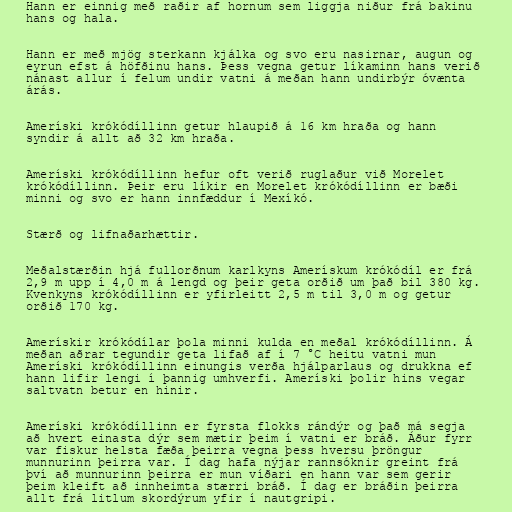
Hann er einnig með raðir af hornum sem liggja niður frá bakinu
hans og hala.

Hann er með mjög sterkann kjálka og svo eru nasirnar, augun og
eyrun efst á höfðinu hans. Þess vegna getur líkaminn hans verið
nánast allur í felum undir vatni á meðan hann undirbýr óvænta
árás.

Ameríski krókódíllinn getur hlaupið á 16 km hraða og hann
syndir á allt að 32 km hraða.

Ameríski krókódíllinn hefur oft verið ruglaður við Morelet
krókódíllinn. Þeir eru líkir en Morelet krókódíllinn er bæði
minni og svo er hann innfæddur í Mexíkó.

Stærð og lifnaðarhættir.

Meðalstærðin hjá fullorðnum karlkyns Amerískum krókódíl er frá
2,9 m upp í 4,0 m á lengd og þeir geta orðið um það bil 380 kg.
Kvenkyns krókódíllinn er yfirleitt 2,5 m til 3,0 m og getur
orðið 170 kg.

Amerískir krókódílar þola minni kulda en meðal krókódíllinn. Á
meðan aðrar tegundir geta lifað af í 7 °C heitu vatni mun
Ameríski krókódíllinn einungis verða hjálparlaus og drukkna ef
hann lifir lengi í þannig umhverfi. Ameríski þolir hins vegar
saltvatn betur en hinir.

Ameríski krókódíllinn er fyrsta flokks rándýr og það má segja
að hvert einasta dýr sem mætir þeim í vatni er bráð. Áður fyrr
var fiskur helsta fæða þeirra vegna þess hversu þröngur
munnurinn þeirra var. Í dag hafa nýjar rannsóknir greint frá
því að munnurinn þeirra er mun víðari en hann var sem gerir
þeim kleift að innheimta stærri bráð. Í dag er bráðin þeirra
allt frá litlum skordýrum yfir í nautgripi.